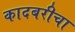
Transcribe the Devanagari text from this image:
कादबरीचा